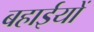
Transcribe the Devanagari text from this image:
बहाईयों